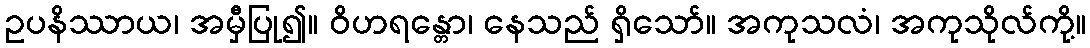
ဥပနိဿာယ၊ အမှီပြု၍။ ဝိဟရန္တော၊ နေသည် ရှိသော်။ အကုသလံ၊ အကုသိုလ်ကို့။